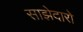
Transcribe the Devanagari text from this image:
साझेदारो